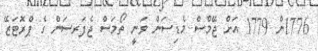
1776ން 1779 އަށް ޖޭމްސް މެޑިސަން ވަނީ ތޯމަސް ޖެފަރސަން ގެ ޕްރޮޓަޒޭ